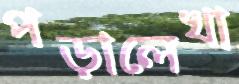
পড়ালেখা